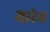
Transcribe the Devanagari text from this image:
यारेम